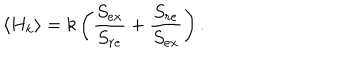
\langle H _ { k } \rangle = k \left( { \frac { S _ { e x } } { S _ { r e } } } + { \frac { S _ { r e } } { S _ { e x } } } \right) .